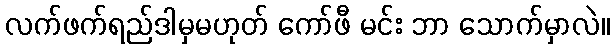
လက်ဖက်ရည်ဒါမှမဟုတ် ကော်ဖီ မင်း ဘာ သောက်မှာလဲ။